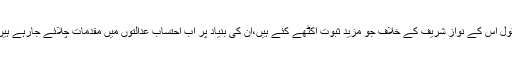
JITنے بقول اس کے نواز شریف کے خلاف جو مزید ثبوت اکٹھے کئے ہیں،ان کی بنیاد پر اب احتساب عدالتوں میں مقدمات چلائے جارہے ہیں۔